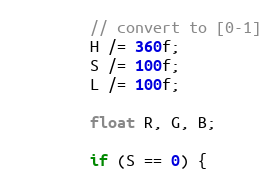
Language: Java
        // convert to [0-1]
        H /= 360f;
        S /= 100f;
        L /= 100f;

        float R, G, B;

        if (S == 0) {